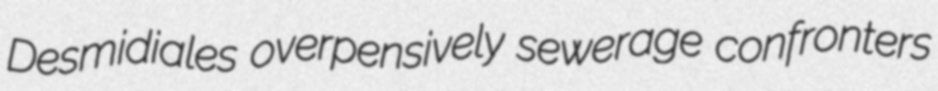
Desmidiales overpensively sewerage confronters